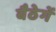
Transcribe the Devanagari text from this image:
बैठेगें